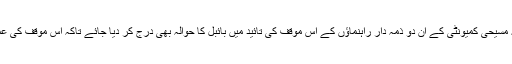
مناسب معلوم ہوتا ہے کہ مسیحی کمیونٹی کے ان دو ذمہ دار راہنماؤں کے اس موقف کی تائید میں بائبل کا حوالہ بھی درج کر دیا جائے تاکہ اس موقف کی عملی بنیاد واضح ہو جائے۔